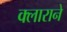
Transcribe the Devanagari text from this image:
क्लाराने